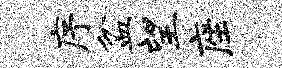
序盆望座